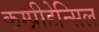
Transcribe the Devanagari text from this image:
कम्प्रीहेन्सिल